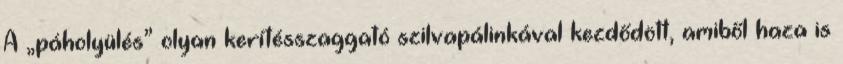
A „páholyülés” olyan kerítésszaggató szilvapálinkával kezdődött, amiből ha­za is